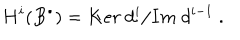
H ^ { i } ( B ^ { \bullet } ) = { K e r \ d ^ { i } } / { I m \ d ^ { i - 1 } } \ .